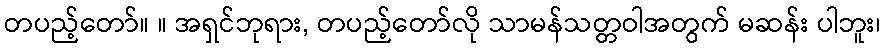
တပည့်တော်။ ။ အရှင်ဘုရား, တပည့်တော်လို သာမန်သတ္တဝါအတွက် မဆန်း ပါဘူး၊